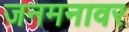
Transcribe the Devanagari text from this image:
जनमनावर